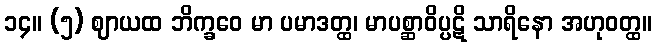
၁၄။ (၅) ဈာယထ ဘိက္ခဝေ မာ ပမာဒတ္ထ၊ မာပစ္ဆာဝိပ္ပဋိ သာရိနော အဟုဝတ္ထ။